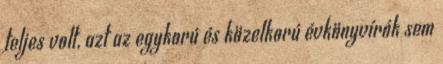
teljes volt, azt az egykorú és közelkorú évkönyvírók sem